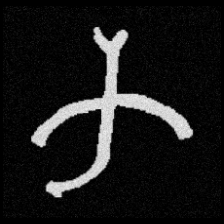
Pyu character \u2014 Myanmar letter: က (romanized: ka)